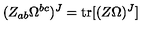
( Z _ { a b } \Omega ^ { b c } ) ^ { J } = \mathrm { t r } [ ( Z \Omega ) ^ { J } ]